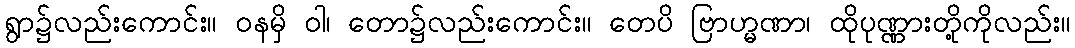
ရွာ၌လည်းကောင်း။ ဝနမှိ ဝါ၊ တော၌လည်းကောင်း။ တေပိ ဗြာဟ္မဏာ၊ ထိုပုဏ္ဏားတို့ကိုလည်း။